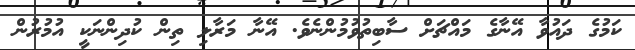
ކަމުގެ ދައުވާ އޭނާގެ މައްޗަށް ސާބިތުވުމުންނެވެ. އޭނާ މަރާލި ތިން ކުދިންނަކީ އުމުރުން